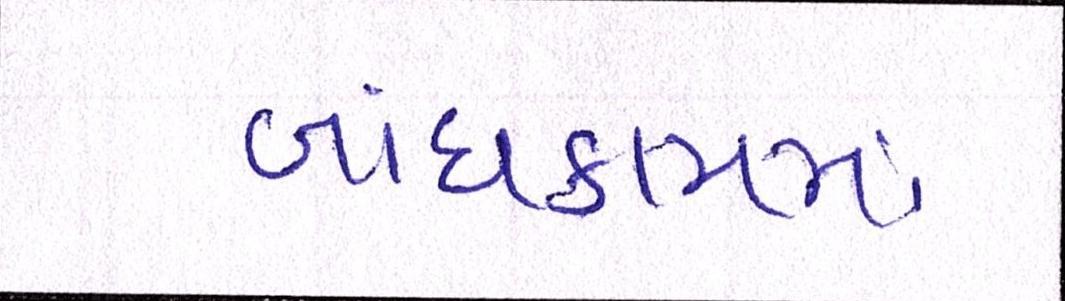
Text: બાંધકામમાં